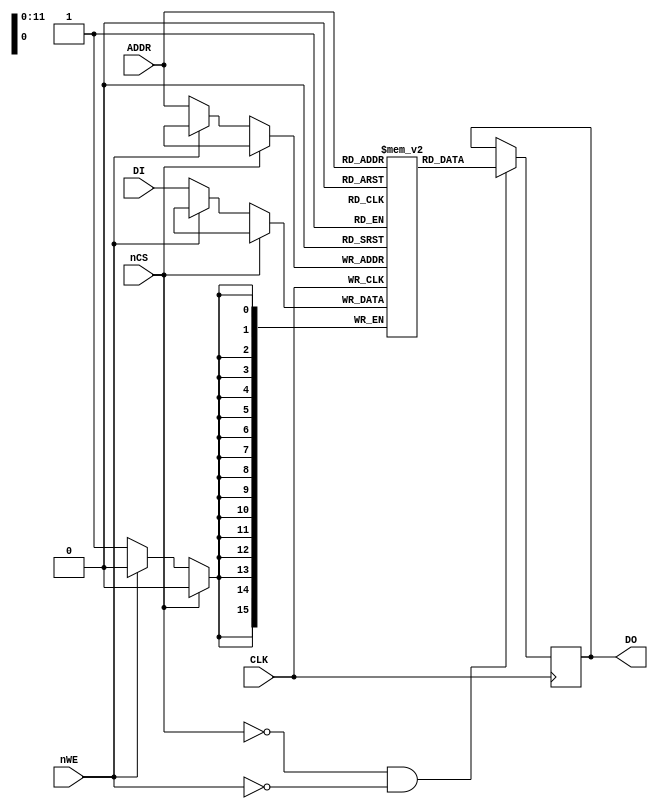
//
// Simplistic 4096x16 RAM module
//
// This source code is public domain
//

module RAM(CLK, nCS, nWE, ADDR, DI, DO);

  // Port definition
  input CLK, nCS, nWE;
  input  [11:0] ADDR;
  input  [15:0] DI;
  output [15:0] DO;
  
  wire          CLK, nCS, nWE;
  wire   [11:0] ADDR;
  wire   [15:0] DI;
  reg    [15:0] DO;
  
  // Implementation
  reg [15:0] mem[4095:0];
  
  always @(posedge CLK)
  begin
    if (!nCS) begin
      if (!nWE) 
        mem[ADDR] = DI;
    end
  end

  always @(posedge CLK)
  begin
    if (!nCS && !nWE) begin
        DO = mem[ADDR];
    end
  end
  
endmodule